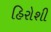
હિરોશી